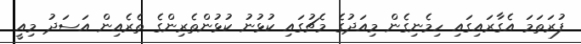
ފުރަތަމަ އެގާރައިގައި ހިމެނިގެން މިއަދުގެ މެޗުގައި ކުޅުނު ކުޅުންތެރިންގެ ތެރެއިން އަސަދު މިއީ